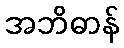
အဘိဓာန်